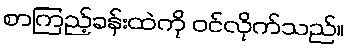
စာကြည့်ခန်းထဲကို ဝင်လိုက်သည်။